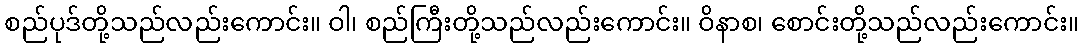
စည်ပုဒ်တို့သည်လည်းကောင်း။ ဝါ၊ စည်ကြီးတို့သည်လည်းကောင်း။ ဝိနာစ၊ စောင်းတို့သည်လည်းကောင်း။